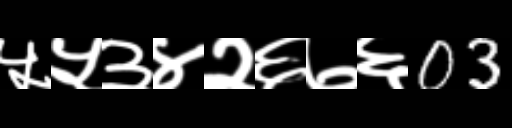
Text: ५५३४२६७६03